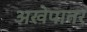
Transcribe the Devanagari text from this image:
अखेपातर